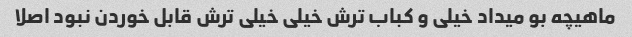
ماهیچه بو میداد خیلی و کباب ترش خیلی خیلی ترش قابل خوردن نبود اصلا